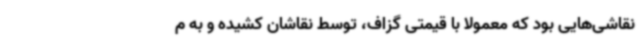
نقاشی‌هایی بود که معمولاً با قیمتی گزاف، توسط نقاشان کشیده و به م